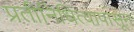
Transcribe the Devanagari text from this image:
प्रतीनिधित्वापासून